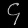
Digit: ၄